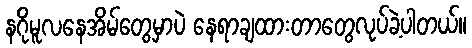
နဂိုမူလနေအိမ်တွေမှာပဲ နေရာချထားတာတွေလုပ်ခဲ့ပါတယ်။